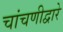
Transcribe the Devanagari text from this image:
चांचणीद्वारे